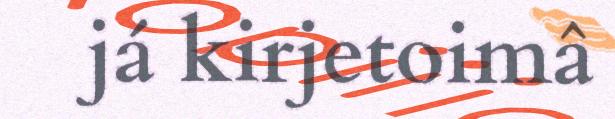
já kirjetoimâ